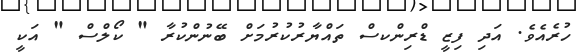
ހުރެއެވެ. އަދި ފިޒީ ޑްރިންކސް ތައްޔާރުކުރުމަށް ބޭނުންކުރާ " ކޯލްސް " އަކީ